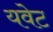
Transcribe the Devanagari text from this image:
यवेट